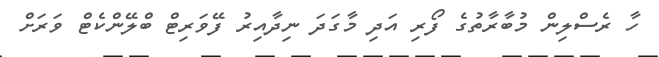
ހާ ރެސްލިން މުބާރާތުގެ ފޯރި އަދި މާގަދަ ނިދާއިރު ފޭވަރިޓް ބްލޭންކެޓް ވަރަށް